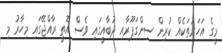
މީގެ އަހަރުތަކެއް ކުރިން ސިންގަޕޫރާއި ދުބާއީގައި ވެސް އޮތީ ރާއްޖޭގައި މިހާރު މި